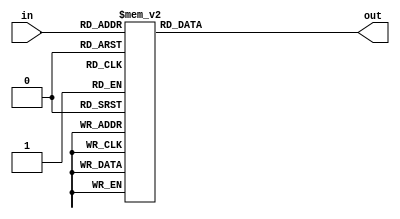
`timescale 1ns / 1ps
//////////////////////////////////////////////////////////////////////////////////
// Company: 
// Engineer: 
// 
// Design Name: 
// Module Name:    multi_2 
// Project Name: 
// Target Devices: 
// Tool versions: 
// Description: 
//
// Dependencies: 
//
// Revision: 
// Revision 0.01 - File Created
// Additional Comments: 
//
//////////////////////////////////////////////////////////////////////////////////
module multi_2(in,out
    );
	 input [7:0]in;
	 output reg [7:0] out;
	 
	 always@(in) begin
		case(in)
			8'h 0: out = 8'h 0;
			8'h 1: out = 8'h 2;
			8'h 2: out = 8'h 4;
			8'h 3: out = 8'h 6;
			8'h 4: out = 8'h 8;
			8'h 5: out = 8'h a;
			8'h 6: out = 8'h c;
			8'h 7: out = 8'h e;
			8'h 8: out = 8'h 10;
			8'h 9: out = 8'h 12;
			8'h a: out = 8'h 14;
			8'h b: out = 8'h 16;
			8'h c: out = 8'h 18;
			8'h d: out = 8'h 1a;
			8'h e: out = 8'h 1c;
			8'h f: out = 8'h 1e;
			8'h 10: out = 8'h 20;
			8'h 11: out = 8'h 22;
			8'h 12: out = 8'h 24;
			8'h 13: out = 8'h 26;
			8'h 14: out = 8'h 28;
			8'h 15: out = 8'h 2a;
			8'h 16: out = 8'h 2c;
			8'h 17: out = 8'h 2e;
			8'h 18: out = 8'h 30;
			8'h 19: out = 8'h 32;
			8'h 1a: out = 8'h 34;
			8'h 1b: out = 8'h 36;
			8'h 1c: out = 8'h 38;
			8'h 1d: out = 8'h 3a;
			8'h 1e: out = 8'h 3c;
			8'h 1f: out = 8'h 3e;
			8'h 20: out = 8'h 40;
			8'h 21: out = 8'h 42;
			8'h 22: out = 8'h 44;
			8'h 23: out = 8'h 46;
			8'h 24: out = 8'h 48;
			8'h 25: out = 8'h 4a;
			8'h 26: out = 8'h 4c;
			8'h 27: out = 8'h 4e;
			8'h 28: out = 8'h 50;
			8'h 29: out = 8'h 52;
			8'h 2a: out = 8'h 54;
			8'h 2b: out = 8'h 56;
			8'h 2c: out = 8'h 58;
			8'h 2d: out = 8'h 5a;
			8'h 2e: out = 8'h 5c;
			8'h 2f: out = 8'h 5e;
			8'h 30: out = 8'h 60;
			8'h 31: out = 8'h 62;
			8'h 32: out = 8'h 64;
			8'h 33: out = 8'h 66;
			8'h 34: out = 8'h 68;
			8'h 35: out = 8'h 6a;
			8'h 36: out = 8'h 6c;
			8'h 37: out = 8'h 6e;
			8'h 38: out = 8'h 70;
			8'h 39: out = 8'h 72;
			8'h 3a: out = 8'h 74;
			8'h 3b: out = 8'h 76;
			8'h 3c: out = 8'h 78;
			8'h 3d: out = 8'h 7a;
			8'h 3e: out = 8'h 7c;
			8'h 3f: out = 8'h 7e;
			8'h 40: out = 8'h 80;
			8'h 41: out = 8'h 82;
			8'h 42: out = 8'h 84;
			8'h 43: out = 8'h 86;
			8'h 44: out = 8'h 88;
			8'h 45: out = 8'h 8a;
			8'h 46: out = 8'h 8c;
			8'h 47: out = 8'h 8e;
			8'h 48: out = 8'h 90;
			8'h 49: out = 8'h 92;
			8'h 4a: out = 8'h 94;
			8'h 4b: out = 8'h 96;
			8'h 4c: out = 8'h 98;
			8'h 4d: out = 8'h 9a;
			8'h 4e: out = 8'h 9c;
			8'h 4f: out = 8'h 9e;
			8'h 50: out = 8'h a0;
			8'h 51: out = 8'h a2;
			8'h 52: out = 8'h a4;
			8'h 53: out = 8'h a6;
			8'h 54: out = 8'h a8;
			8'h 55: out = 8'h aa;
			8'h 56: out = 8'h ac;
			8'h 57: out = 8'h ae;
			8'h 58: out = 8'h b0;
			8'h 59: out = 8'h b2;
			8'h 5a: out = 8'h b4;
			8'h 5b: out = 8'h b6;
			8'h 5c: out = 8'h b8;
			8'h 5d: out = 8'h ba;
			8'h 5e: out = 8'h bc;
			8'h 5f: out = 8'h be;
			8'h 60: out = 8'h c0;
			8'h 61: out = 8'h c2;
			8'h 62: out = 8'h c4;
			8'h 63: out = 8'h c6;
			8'h 64: out = 8'h c8;
			8'h 65: out = 8'h ca;
			8'h 66: out = 8'h cc;
			8'h 67: out = 8'h ce;
			8'h 68: out = 8'h d0;
			8'h 69: out = 8'h d2;
			8'h 6a: out = 8'h d4;
			8'h 6b: out = 8'h d6;
			8'h 6c: out = 8'h d8;
			8'h 6d: out = 8'h da;
			8'h 6e: out = 8'h dc;
			8'h 6f: out = 8'h de;
			8'h 70: out = 8'h e0;
			8'h 71: out = 8'h e2;
			8'h 72: out = 8'h e4;
			8'h 73: out = 8'h e6;
			8'h 74: out = 8'h e8;
			8'h 75: out = 8'h ea;
			8'h 76: out = 8'h ec;
			8'h 77: out = 8'h ee;
			8'h 78: out = 8'h f0;
			8'h 79: out = 8'h f2;
			8'h 7a: out = 8'h f4;
			8'h 7b: out = 8'h f6;
			8'h 7c: out = 8'h f8;
			8'h 7d: out = 8'h fa;
			8'h 7e: out = 8'h fc;
			8'h 7f: out = 8'h fe;
			8'h 80: out = 8'h 1b;
			8'h 81: out = 8'h 19;
			8'h 82: out = 8'h 1f;
			8'h 83: out = 8'h 1d;
			8'h 84: out = 8'h 13;
			8'h 85: out = 8'h 11;
			8'h 86: out = 8'h 17;
			8'h 87: out = 8'h 15;
			8'h 88: out = 8'h b;
			8'h 89: out = 8'h 9;
			8'h 8a: out = 8'h f;
			8'h 8b: out = 8'h d;
			8'h 8c: out = 8'h 3;
			8'h 8d: out = 8'h 1;
			8'h 8e: out = 8'h 7;
			8'h 8f: out = 8'h 5;
			8'h 90: out = 8'h 3b;
			8'h 91: out = 8'h 39;
			8'h 92: out = 8'h 3f;
			8'h 93: out = 8'h 3d;
			8'h 94: out = 8'h 33;
			8'h 95: out = 8'h 31;
			8'h 96: out = 8'h 37;
			8'h 97: out = 8'h 35;
			8'h 98: out = 8'h 2b;
			8'h 99: out = 8'h 29;
			8'h 9a: out = 8'h 2f;
			8'h 9b: out = 8'h 2d;
			8'h 9c: out = 8'h 23;
			8'h 9d: out = 8'h 21;
			8'h 9e: out = 8'h 27;
			8'h 9f: out = 8'h 25;
			8'h a0: out = 8'h 5b;
			8'h a1: out = 8'h 59;
			8'h a2: out = 8'h 5f;
			8'h a3: out = 8'h 5d;
			8'h a4: out = 8'h 53;
			8'h a5: out = 8'h 51;
			8'h a6: out = 8'h 57;
			8'h a7: out = 8'h 55;
			8'h a8: out = 8'h 4b;
			8'h a9: out = 8'h 49;
			8'h aa: out = 8'h 4f;
			8'h ab: out = 8'h 4d;
			8'h ac: out = 8'h 43;
			8'h ad: out = 8'h 41;
			8'h ae: out = 8'h 47;
			8'h af: out = 8'h 45;
			8'h b0: out = 8'h 7b;
			8'h b1: out = 8'h 79;
			8'h b2: out = 8'h 7f;
			8'h b3: out = 8'h 7d;
			8'h b4: out = 8'h 73;
			8'h b5: out = 8'h 71;
			8'h b6: out = 8'h 77;
			8'h b7: out = 8'h 75;
			8'h b8: out = 8'h 6b;
			8'h b9: out = 8'h 69;
			8'h ba: out = 8'h 6f;
			8'h bb: out = 8'h 6d;
			8'h bc: out = 8'h 63;
			8'h bd: out = 8'h 61;
			8'h be: out = 8'h 67;
			8'h bf: out = 8'h 65;
			8'h c0: out = 8'h 9b;
			8'h c1: out = 8'h 99;
			8'h c2: out = 8'h 9f;
			8'h c3: out = 8'h 9d;
			8'h c4: out = 8'h 93;
			8'h c5: out = 8'h 91;
			8'h c6: out = 8'h 97;
			8'h c7: out = 8'h 95;
			8'h c8: out = 8'h 8b;
			8'h c9: out = 8'h 89;
			8'h ca: out = 8'h 8f;
			8'h cb: out = 8'h 8d;
			8'h cc: out = 8'h 83;
			8'h cd: out = 8'h 81;
			8'h ce: out = 8'h 87;
			8'h cf: out = 8'h 85;
			8'h d0: out = 8'h bb;
			8'h d1: out = 8'h b9;
			8'h d2: out = 8'h bf;
			8'h d3: out = 8'h bd;
			8'h d4: out = 8'h b3;
			8'h d5: out = 8'h b1;
			8'h d6: out = 8'h b7;
			8'h d7: out = 8'h b5;
			8'h d8: out = 8'h ab;
			8'h d9: out = 8'h a9;
			8'h da: out = 8'h af;
			8'h db: out = 8'h ad;
			8'h dc: out = 8'h a3;
			8'h dd: out = 8'h a1;
			8'h de: out = 8'h a7;
			8'h df: out = 8'h a5;
			8'h e0: out = 8'h db;
			8'h e1: out = 8'h d9;
			8'h e2: out = 8'h df;
			8'h e3: out = 8'h dd;
			8'h e4: out = 8'h d3;
			8'h e5: out = 8'h d1;
			8'h e6: out = 8'h d7;
			8'h e7: out = 8'h d5;
			8'h e8: out = 8'h cb;
			8'h e9: out = 8'h c9;
			8'h ea: out = 8'h cf;
			8'h eb: out = 8'h cd;
			8'h ec: out = 8'h c3;
			8'h ed: out = 8'h c1;
			8'h ee: out = 8'h c7;
			8'h ef: out = 8'h c5;
			8'h f0: out = 8'h fb;
			8'h f1: out = 8'h f9;
			8'h f2: out = 8'h ff;
			8'h f3: out = 8'h fd;
			8'h f4: out = 8'h f3;
			8'h f5: out = 8'h f1;
			8'h f6: out = 8'h f7;
			8'h f7: out = 8'h f5;
			8'h f8: out = 8'h eb;
			8'h f9: out = 8'h e9;
			8'h fa: out = 8'h ef;
			8'h fb: out = 8'h ed;
			8'h fc: out = 8'h e3;
			8'h fd: out = 8'h e1;
			8'h fe: out = 8'h e7;
			8'h ff: out = 8'h e5;

		endcase
    end
endmodule